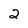
Character: 2